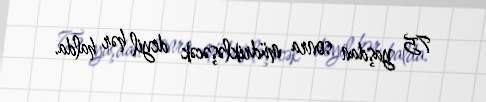
75 yaşdan sonra müdrikləşəcək deyil hər halda.